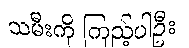
သမီးကို ကြည့်ပါဦး